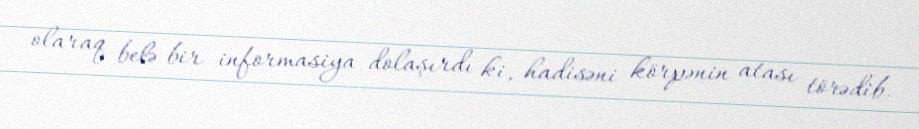
olaraq belə bir informasiya dolaşırdı ki, hadisəni körpənin atası törədib.